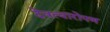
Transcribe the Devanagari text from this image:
देवत्वारोपण